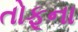
તોફૂના